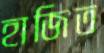
হাজিত